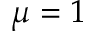
\mu = 1